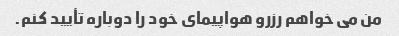
من می خواهم رزرو هواپیمای خود را دوباره تأیید کنم.